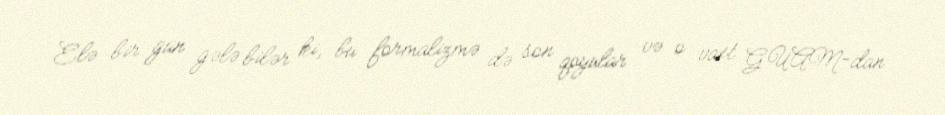
Elə bir gün gələ bilər ki, bu formalizmə də son qoyular və o vaxt GUAM-dan